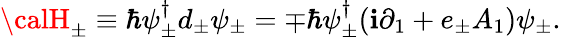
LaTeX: {\calH}_{\pm}\equiv\hbar\psi_{\pm}^{\dagger}d_{\pm}\psi_{\pm}=\mp\hbar\psi_{\pm}^{\dagger}(\mathbf{i}{\partial}_{1}+e_{\pm}A_{1})\psi_{\pm}.